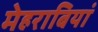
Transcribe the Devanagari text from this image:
मेहराबियां